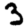
Digit: 3